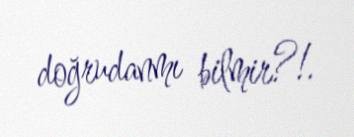
doğrudanmı bilmir?!.